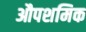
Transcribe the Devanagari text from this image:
औपशमिक